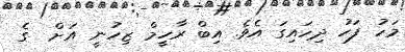
މަހު ފަހު ދިހައިގަ އެވެ. އިބް ރާހީމް ޒިހުނީ އަށް  ގެ